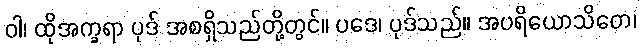
ဝါ၊ ထိုအက္ခရာ ပုဒ် အစရှိသည်တို့တွင်။ ပဒေ၊ ပုဒ်သည်။ အပရိယောသိတေ၊